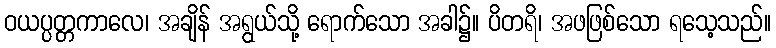
ဝယပ္ပတ္တကာလေ၊ အချိန် အရွယ်သို့ ရောက်သော အခါ၌။ ပိတရိ၊ အဖဖြစ်သော ရသေ့သည်။